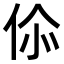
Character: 𬽿